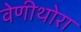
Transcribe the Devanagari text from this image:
वेणीथोरा